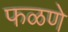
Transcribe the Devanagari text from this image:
फळणे